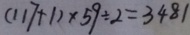
( 1 1 7 + 1 ) \times 5 9 \div 2 = 3 4 8 1